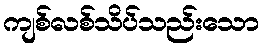
ကျစ်လစ်သိပ်သည်းသော